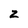
Character: z